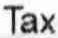
TAX